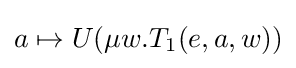
a\mapsto U(\mu w.T_{1}(e,a,w))